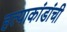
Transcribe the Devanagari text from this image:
हत्याकांडांची